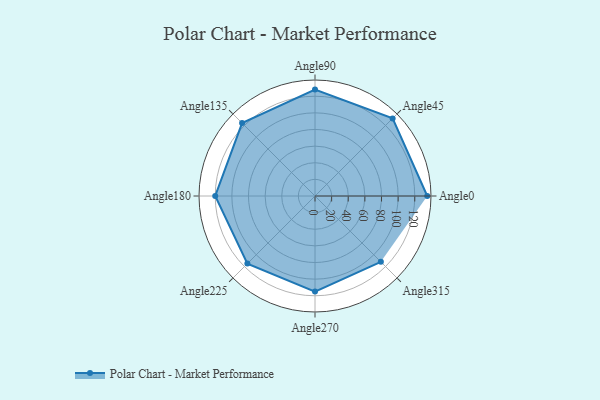
{"axis": {"x": "Angle", "y": "Radius"}, "legend": [""], "data": [{"x": "Angle0", "y": 135.0, "type": ""}, {"x": "Angle45", "y": 132.0, "type": ""}, {"x": "Angle90", "y": 128.0, "type": ""}, {"x": "Angle135", "y": 124.0, "type": ""}, {"x": "Angle180", "y": 120.0, "type": ""}, {"x": "Angle225", "y": 115.0, "type": ""}, {"x": "Angle270", "y": 115.0, "type": ""}, {"x": "Angle315", "y": 112.0, "type": ""}]}